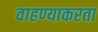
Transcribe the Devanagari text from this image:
वाहण्याकरता